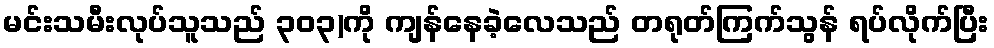
မင်းသမီးလုပ်သူသည် ၃၀၃)ကို ကျန်နေခဲ့လေသည် တရုတ်ကြက်သွန် ရပ်လိုက်ပြီး